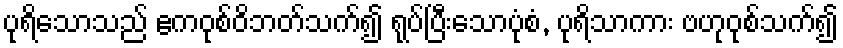
ပုရိသောသည် ဧကဝုစ်ဝိဘတ်သက်၍ ရုပ်ပြီးသောပုံစံ, ပုရိသာကား ဗဟုဝုစ်သက်၍